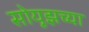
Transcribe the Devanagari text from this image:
सोयूझच्या